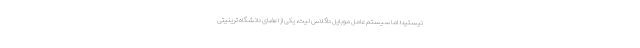
نیستید؛ اما سیستم‌عامل موبایل داگلاس لیت، یکی از اعضای دانشگاه ترینیتی